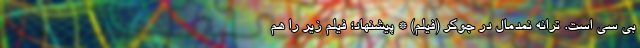
بی سی است. ترانه نمدمال در جوکر (فیلم) * پیشنهاد؛ فیلم‌ زیر را هم